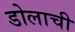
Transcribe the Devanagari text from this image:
डोलाची